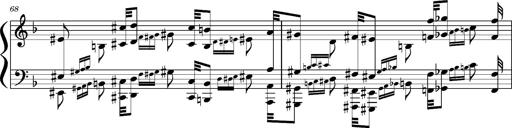
Title: Concerto sans orchestre, S.524a
Composer: Franz Liszt
Key: A major